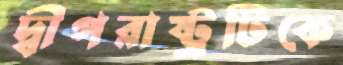
দ্বীপরাষ্ট্রটিকে